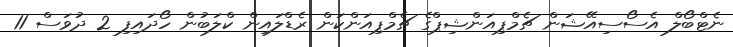
ނެޓްބޯލް އެސޯސިއޭޝަން ޗެމްޕިއަންޝިޕްގެ ޗެމްޕިއަންކަން ރެޑްލައިން ކްލަބުން ހޯދައިފި 2 ދުވަސް 11